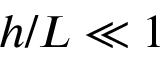
h / L \ll 1